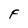
Character: F